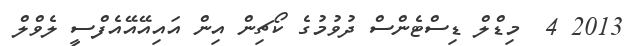
2013 4  މިޑްލް ޑިސްޓެންސް ދުވުމުގެ ކޯޗިން އިން އައިއޭއޭއެފްސީ ލެވްލް